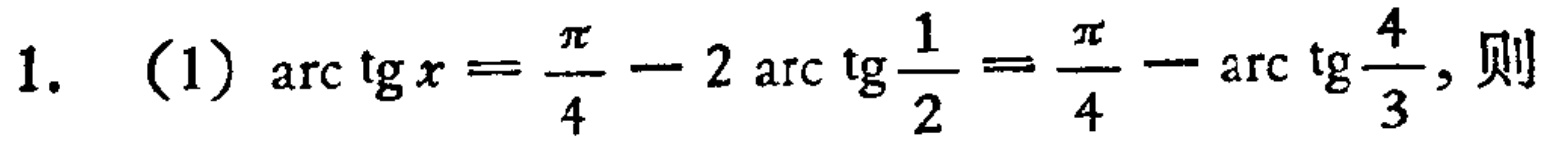
1. （1）$\mathrm{arc}\,\mathrm{tg}\,x = \frac{\pi}{4} - 2\,\mathrm{arc}\,\mathrm{tg}\,\frac{1}{2} = \frac{\pi}{4} - \mathrm{arc}\,\mathrm{tg}\,\frac{4}{3}$, 则